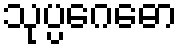
သုပ္ပဂေဓော